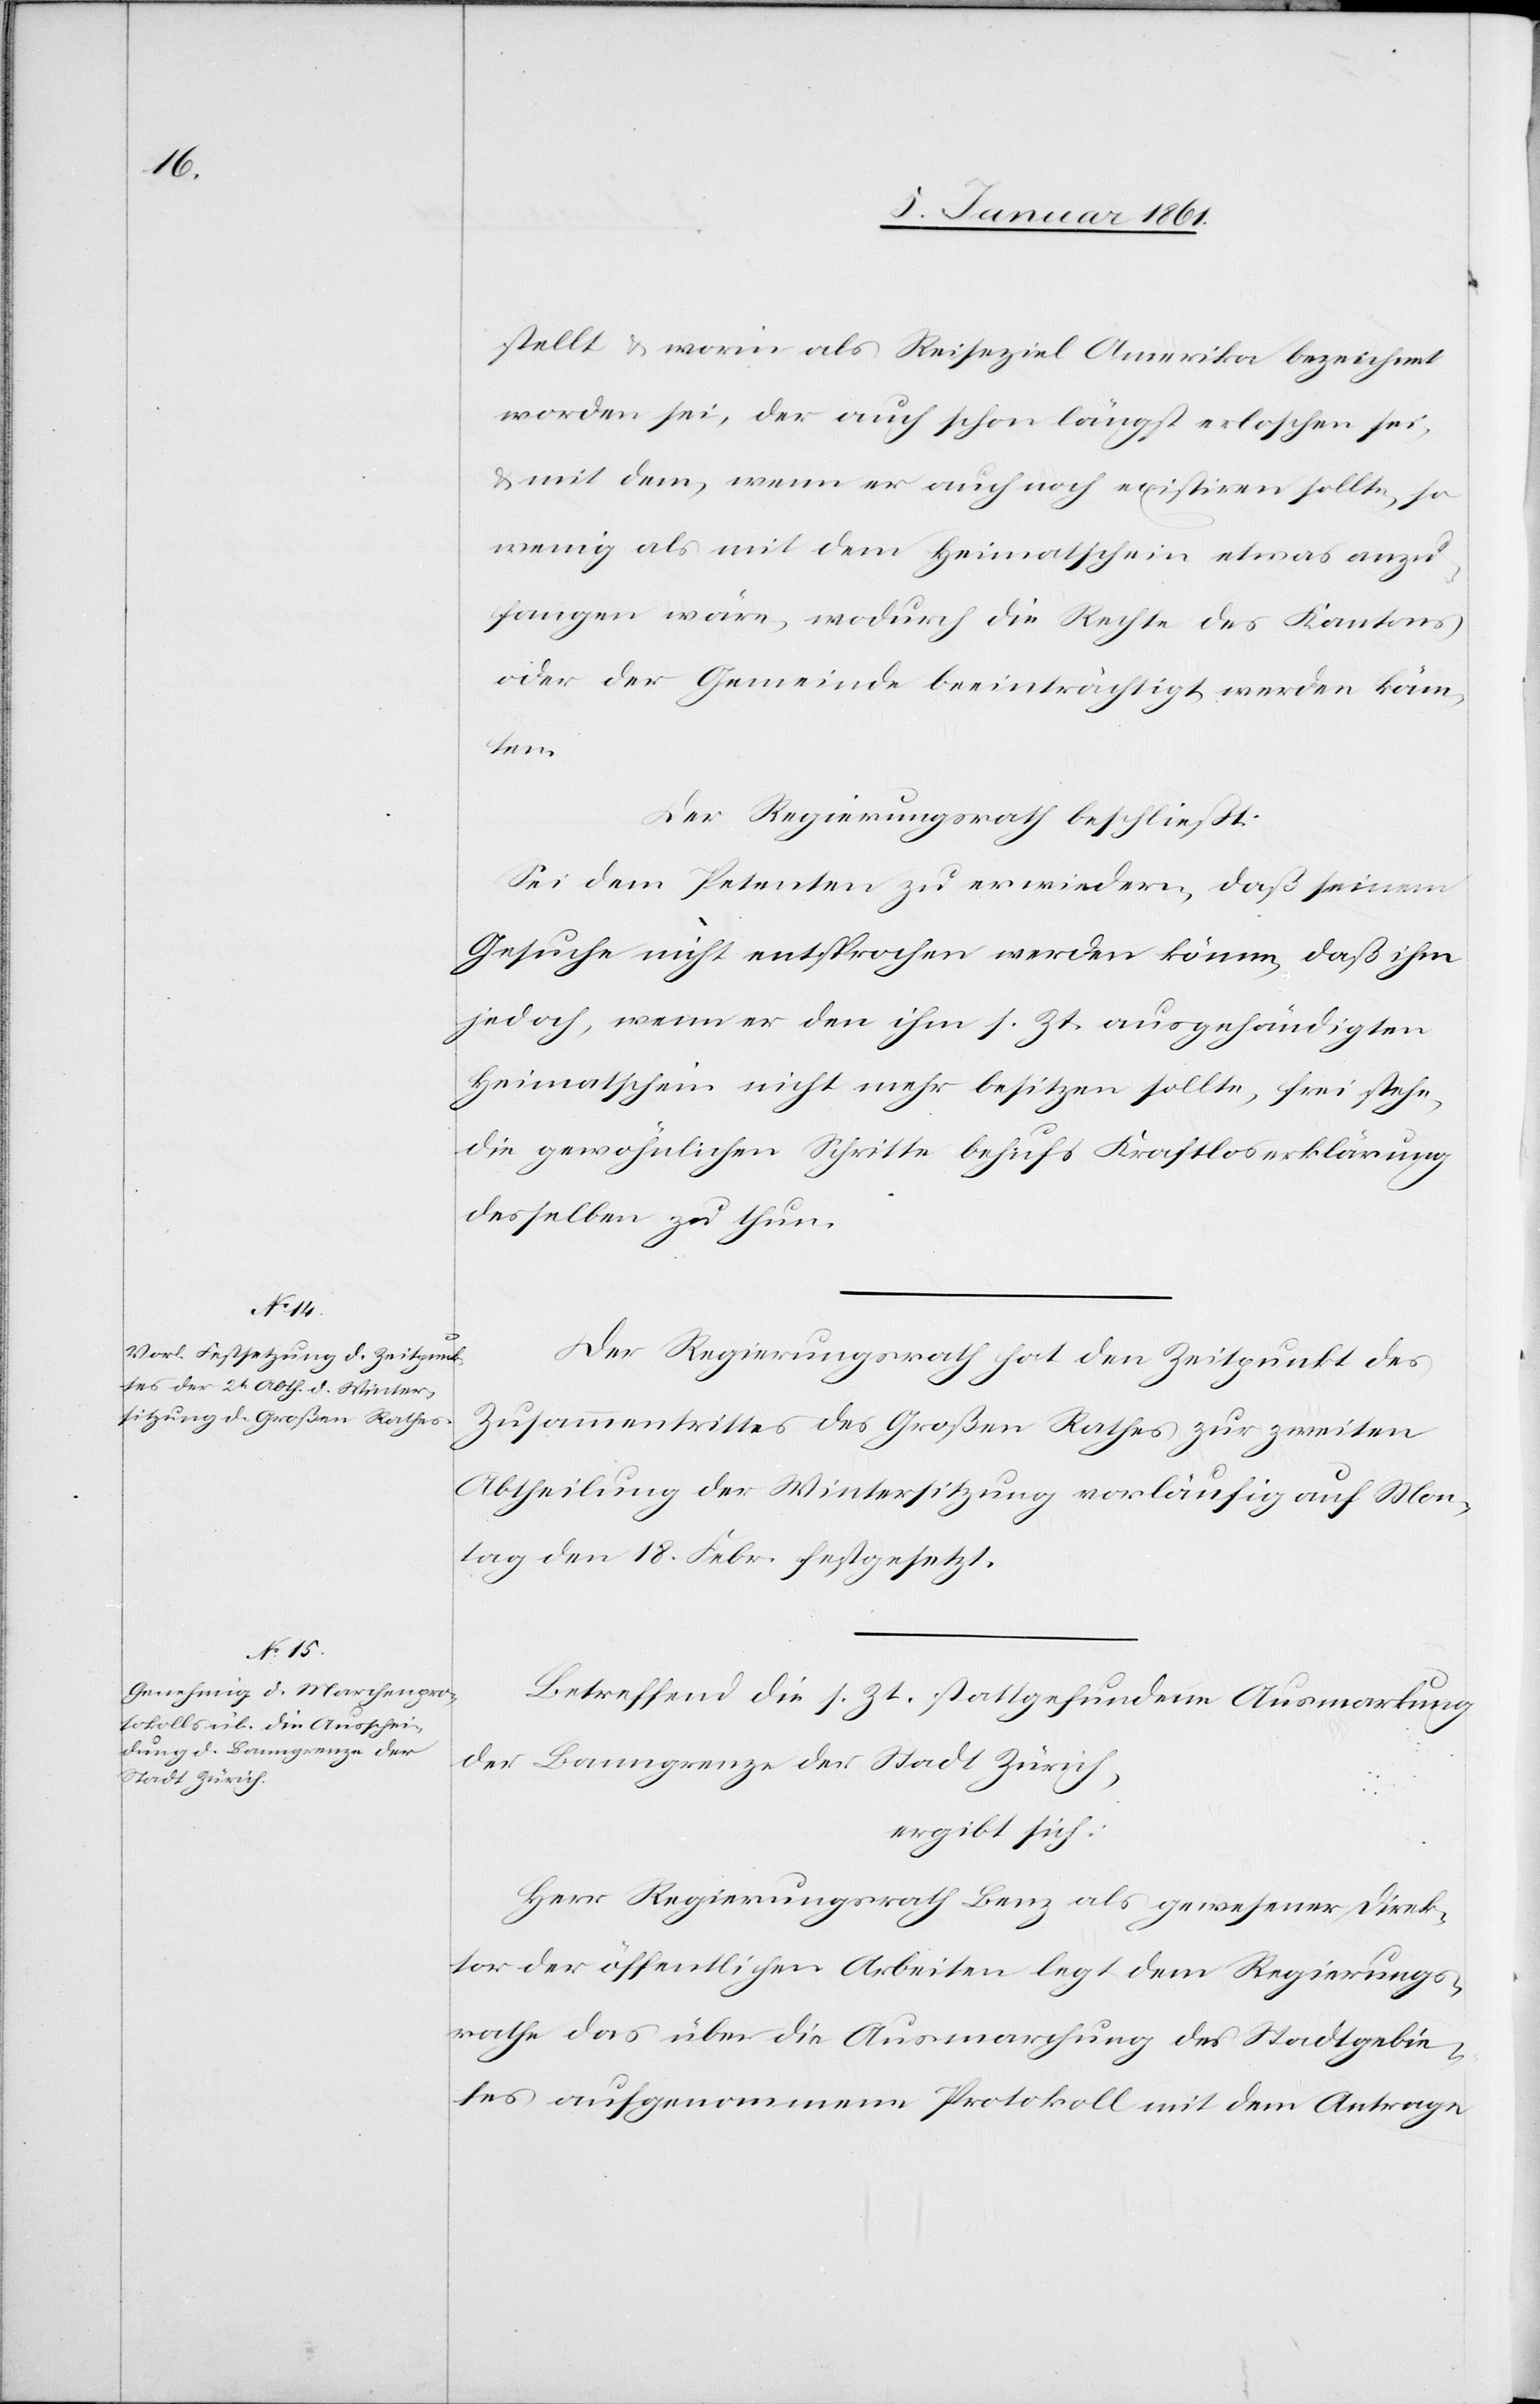
stellt u. worin als Reiseziel Amerika bezeichnet
worden sei, der auch schon längst erloschen sei,
u. mit dem, wenn er auch noch existiren sollte, so
wenig als mit dem Heimatschein etwas anzu¬
fangen wäre, wodurch die Rechte des Kantons
oder der Gemeinde beeinträchtigt werden könn¬
ten.
Der Regierungsrath beschließt:
Sei dem Petenten zu erwiedern, daß seinem
Gesuche nicht entsprochen werden könne, daß ihm
jedoch, wenn er den ihm s. Zt. ausgehändigten
Heimatschein nicht mehr besitzen sollte, frei stehe,
die gewöhnlichen Schritte behufs Kraftloserklärung
desselben zu thun.
Der Regierungsrath hat den Zeitpunkt des
Zusammentrittes des Großen Rathes zur zweiten
Abtheilung der Wintersitzung vorläufig auf Mon¬
tag den 18. Febr. festgesetzt.
Betreffend die s. Zt. stattgefundene Ausmarkung
der Banngrenze der Stadt Zürich,
ergibt sich:
Herr Regierungsrath Benz als gewesener Direk¬
tor der öffentlichen Arbeiten legt dem Regierungs¬
rathe das über die Ausmarchung des Stadtgebie¬
tes aufgenommene Protokoll mit dem Antrage